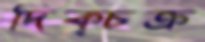
দিক্‌চক্র